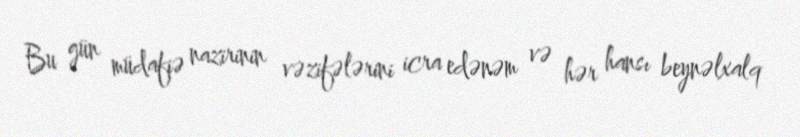
Bu gün müdafiə nazirinin vəzifələrini icra edənəm və hər hansı beynəlxalq